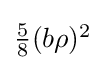
{\textstyle {\frac {5}{8}}(b\rho )^{2}}